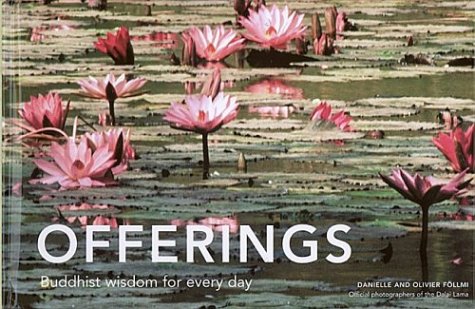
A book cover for Offerings: Buddhist Wisdom for Every Day (Offerings for Humanity); Danielle FÃ¶llmi; Religion & Spirituality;